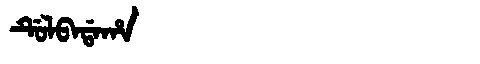
Manchu: ᡩᡠᠯᠪᠠᡩᠠᡥᠠ
Romanization: DULBADAHA